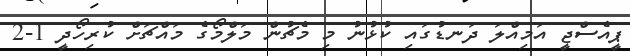
ޕީއެސްޖީ އަމިއްލަ ދަނޑުގައި ކުޅުނު މި މެޗުން މަލްމޯގެ މައްޗަށް ކުރިހޯދީ 1-2